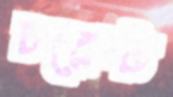
চরেস্ট